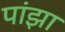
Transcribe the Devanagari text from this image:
पांझा